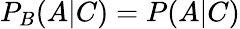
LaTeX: P_{B}(A|C)=P(A|C)